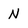
Character: N